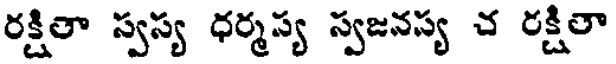
రక్షితా స్వస్య ధర్మస్య స్వజనస్య చ రక్షితా